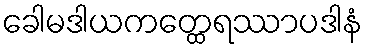
ခေါမဒါယကတ္ထေရဿာပဒါနံ